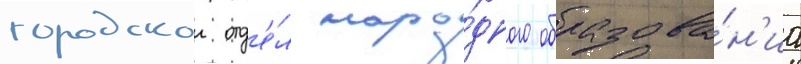
городскои отд'е́л наро́дного образова́н'иа